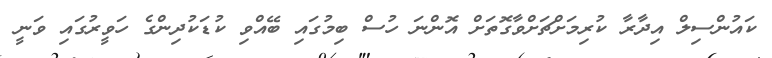
ކައުންސިލް އިދާރާ ކުރިމަށްޗަށްވާގޮތަށް އޮންނަ ހުސް ބިމުގައި ބޭއްވި ކުޑަކުދިންގެ ހަވީރުގައި ވަނީ